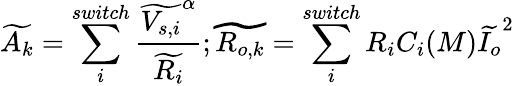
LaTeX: \widetilde{A_{k}}=\sum_{i}^{switch}\frac{\widetilde{V_{s,i}}^{\alpha}}{\widetilde{R_{i}}};\widetilde{R_{o,k}}=\sum_{i}^{switch}R_{i}C_{i}(M)\widetilde{I_{o}}^{2}